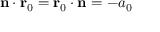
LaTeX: \mathbf { n } \cdot \mathbf { r } _ { 0 } = \mathbf { r } _ { 0 } \cdot \mathbf { n } = - a _ { 0 }